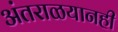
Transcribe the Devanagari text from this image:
अंतराळयानही